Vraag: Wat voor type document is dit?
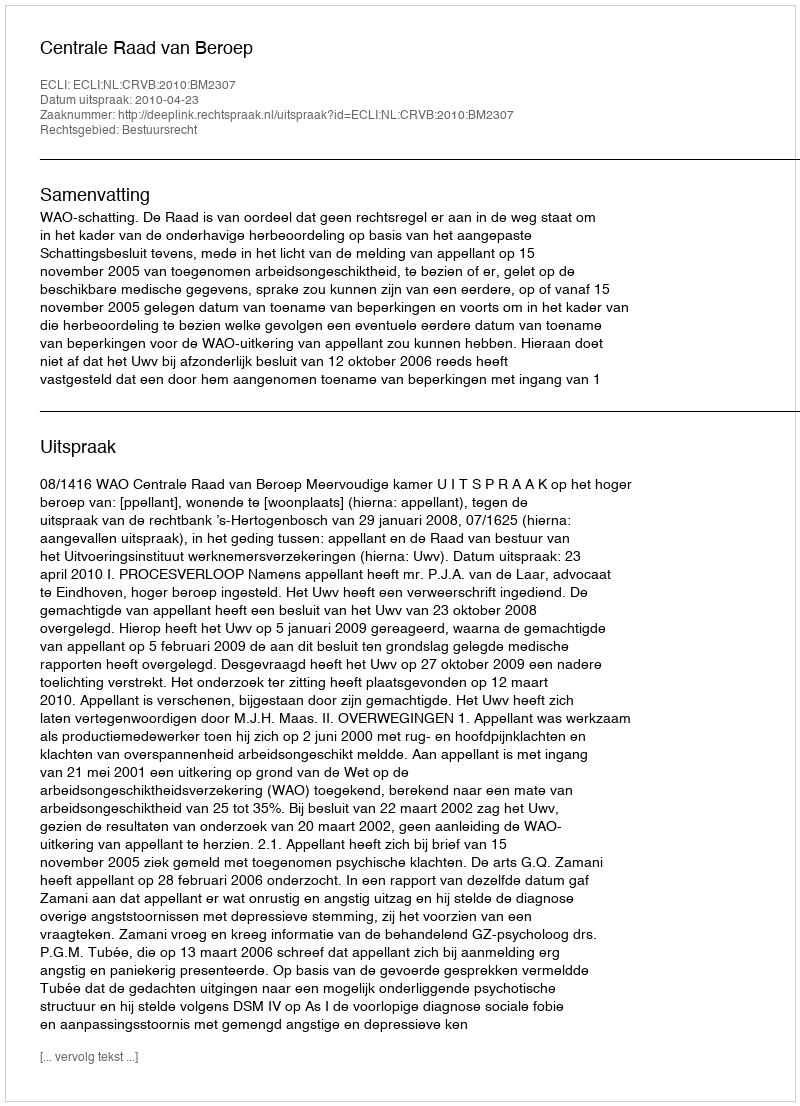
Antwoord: Uitspraak